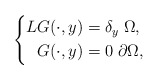
\begin{align*}\left\{\begin{aligned}L G(\cdot,y) &=\delta_y \;\Omega,\\G(\cdot,y)&= 0 \;\partial\Omega,\end{aligned}\right.\end{align*}